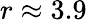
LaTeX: r\approx 3.9